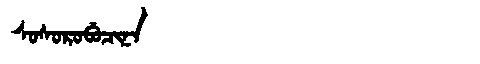
Manchu: ᠰᠣᠰᠣᡵᠣᠪᡠᠴᡳᠨᠠ
Romanization: SOSOROBUCINA